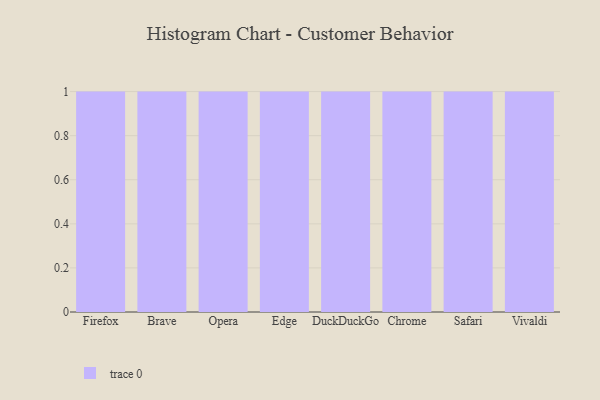
{"axis": {"x": "Browser", "y": "Satisfaction Score"}, "legend": [""], "data": [{"x": "Firefox", "y": 94, "type": ""}, {"x": "Brave", "y": 40, "type": ""}, {"x": "Opera", "y": 67, "type": ""}, {"x": "Edge", "y": 23, "type": ""}, {"x": "DuckDuckGo", "y": 1, "type": ""}, {"x": "Chrome", "y": 74, "type": ""}, {"x": "Safari", "y": 45, "type": ""}, {"x": "Vivaldi", "y": 11, "type": ""}]}